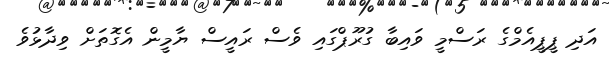
އަދި ޕީޕީއެމްގެ ރަސްމީ ވައިބާ ގުރޫޕްގައި ވެސް ރައީސް ޔާމީން އެގޮތަށް ވިދާޅުވެ